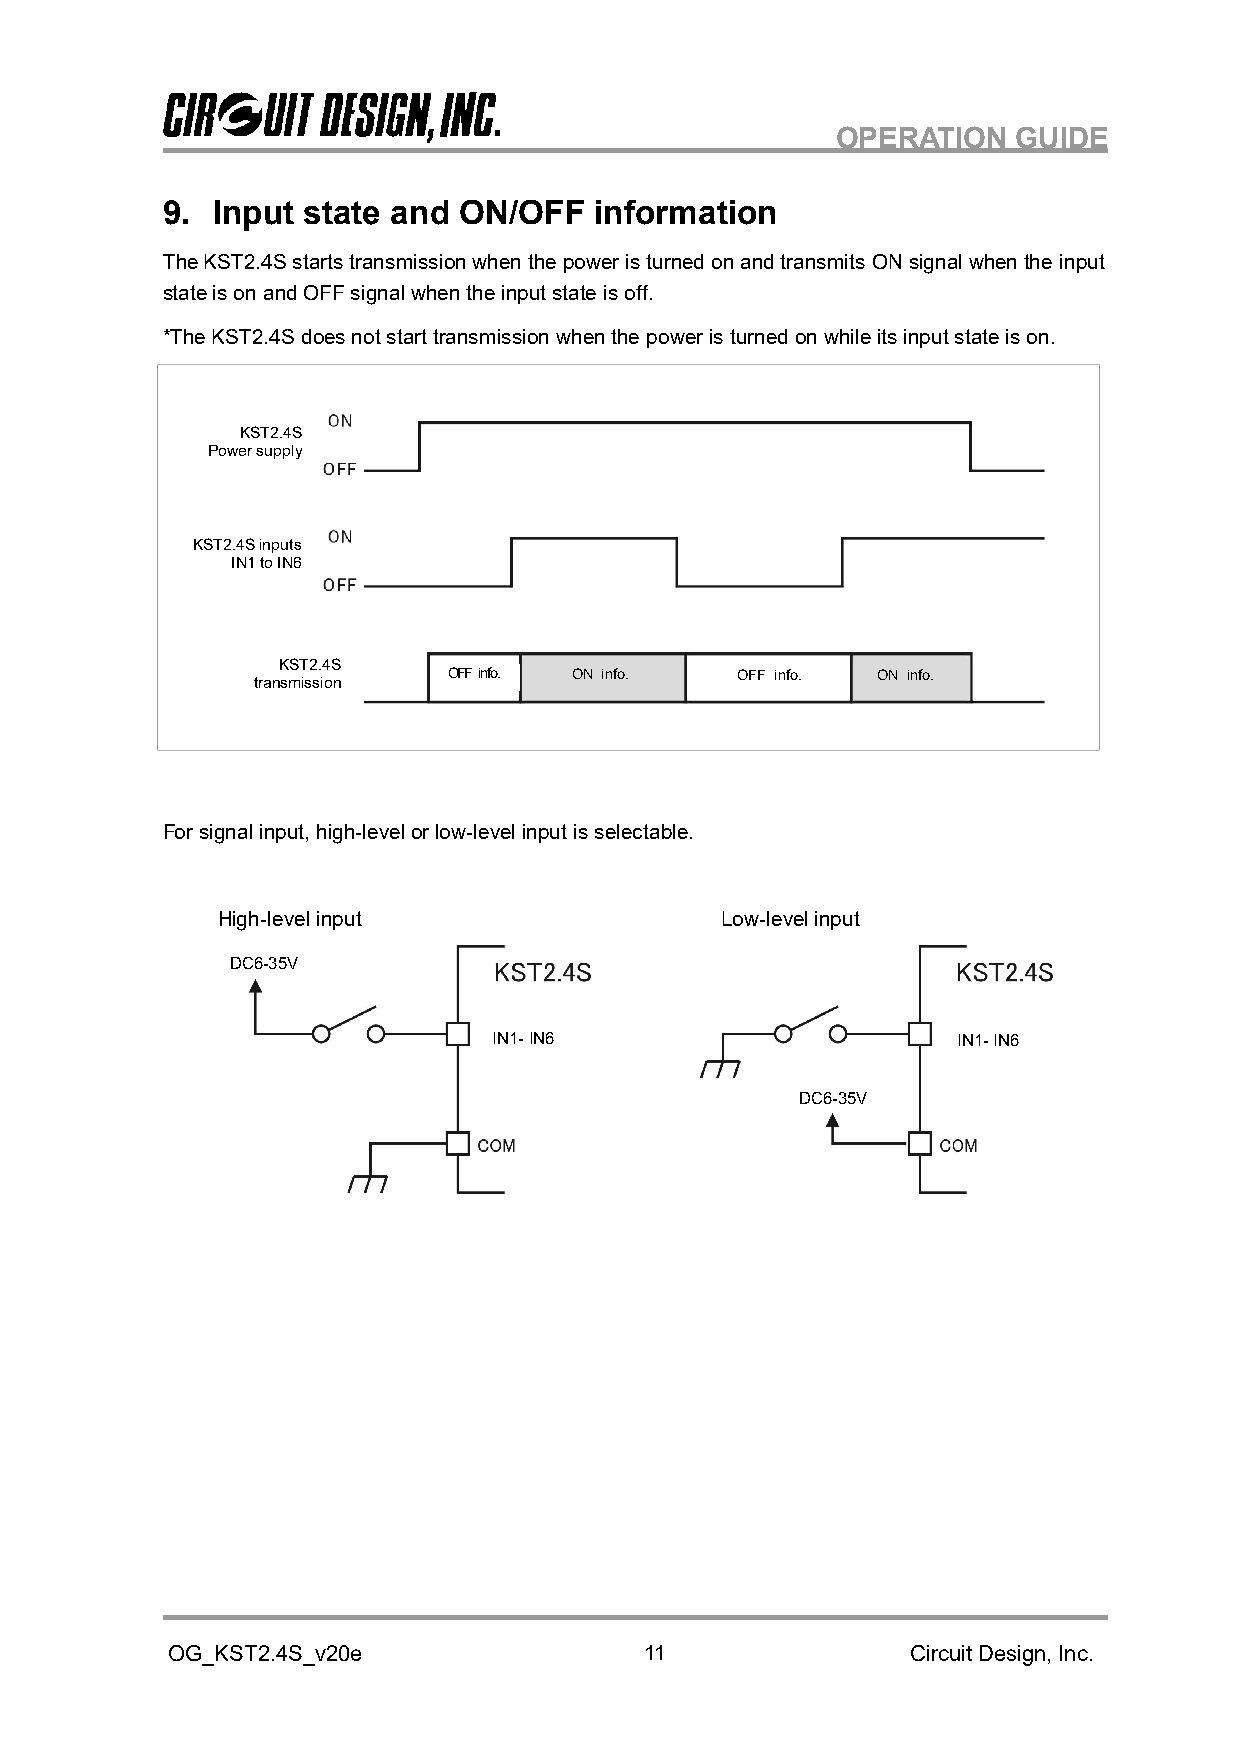
OPERATION   GUIDE
 9. Input state and ON/OFF   information
 The KST2.4S starts transmission when the power is turned on and transmits ON signal when the input
 state is on and OFF signal when the input state is off.
 *The KST2.4S does not start transmission when the power is turned on while its input state is on.
 KST2.4S
 Power supply
 KST2.4S inputs
 IN1 to IN6
 KST2.4S
 OFF info. ON info. OFF info. ON info.
 transmission
 For signal input, high-level or low-level input is selectable.
 High-level input                  Low-level input
 DC6-35V
 IN1- IN6                      IN1- IN6
 DC6-35V
 OG_KST2.4S_v20e                 11               Circuit Design, Inc.